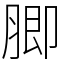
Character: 䐚